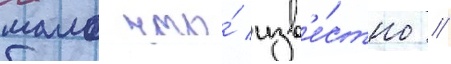
мало что́ изв'е́стно //